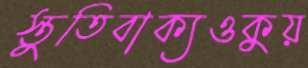
স্তুতিবাক্যওকুয়